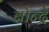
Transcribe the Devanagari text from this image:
बोन्द्रे